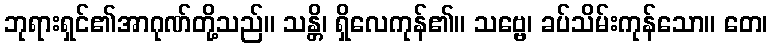
ဘုရားရှင်၏အာဂုဏ်တို့သည်။ သန္တိ၊ ရှိလေကုန်၏။ သဗ္ဗေ၊ ခပ်သိမ်းကုန်သော။ တေ၊